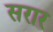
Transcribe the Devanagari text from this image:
सरार